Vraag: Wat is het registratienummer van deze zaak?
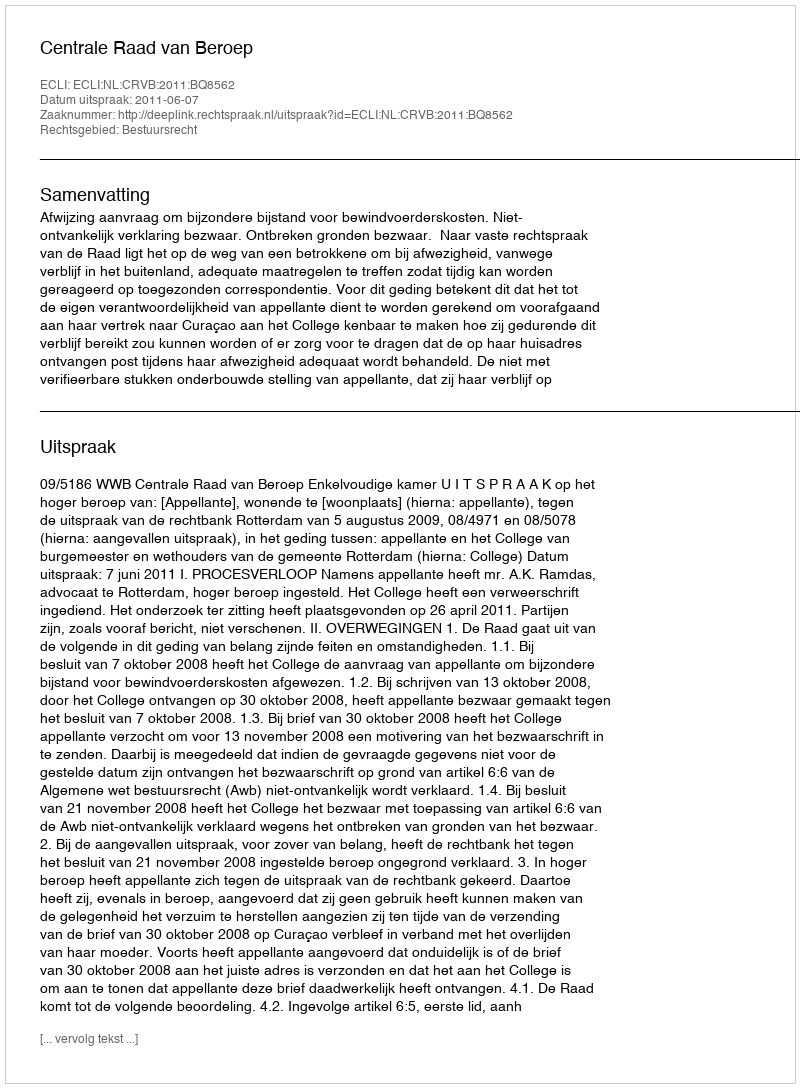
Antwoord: http://deeplink.rechtspraak.nl/uitspraak?id=ECLI:NL:CRVB:2011:BQ8562